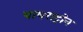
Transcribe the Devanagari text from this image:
थायराट्रोन